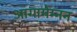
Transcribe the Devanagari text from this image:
आगामेम्नन